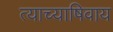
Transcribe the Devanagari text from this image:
त्याच्याषिवाय